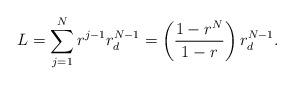
LaTeX: \begin{align*}L = \sum _{j=1}^{N} r^{j-1} r_{d}^{N-1} = \left( \frac{1-r^N}{1-r} \right) r_d^{N-1}.\end{align*}